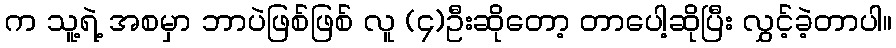
က သူ့ရဲ့ အစမှာ ဘာပဲဖြစ်ဖြစ် လူ (၄)ဦးဆိုတော့ တာပေါ့ဆိုပြီး လွှင့်ခဲ့တာပါ။